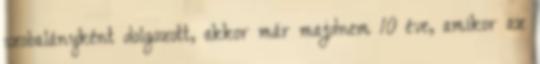
szobalányként dolgozott, akkor már majdnem 10 éve, amikor az